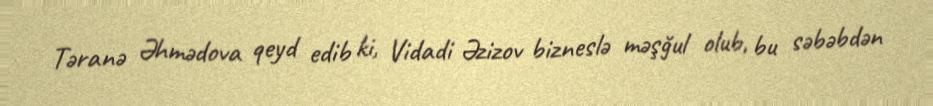
Təranə Əhmədova qeyd edib ki, Vidadi Əzizov bizneslə məşğul olub, bu səbəbdən